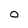
Character: 0